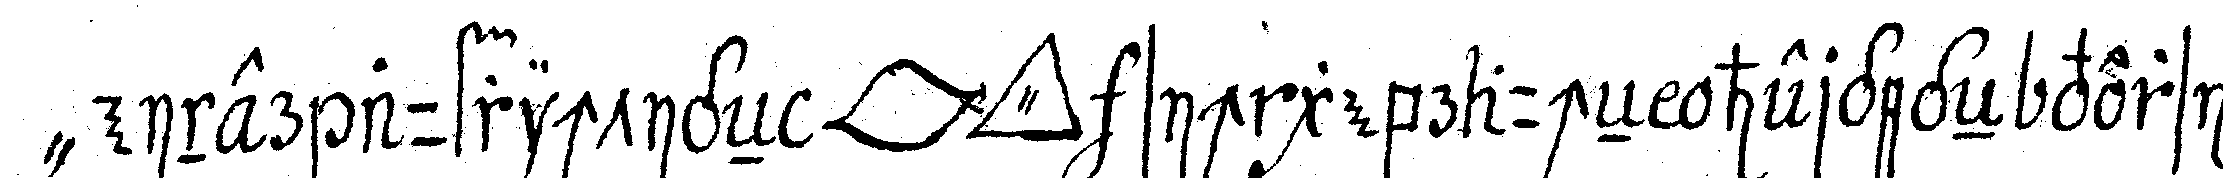
" einer aufrichtigeN *lip* *tri..* sich gebraucheN hergegeN versi